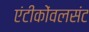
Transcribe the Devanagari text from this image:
एंटीकोंवलसंट